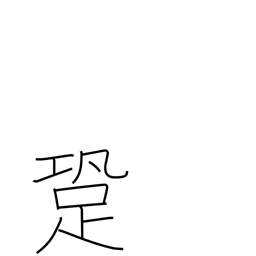
Meaning: sound of footsteps